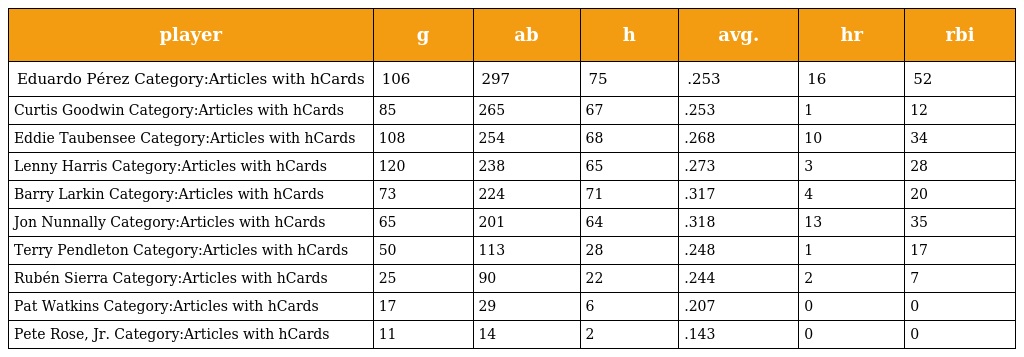
| player | g | ab | h | avg. | hr | rbi |
 | --- | --- | --- | --- | --- | --- | --- |
 | Eduardo Pérez Category:Articles with hCards | 106 | 297 | 75 | .253 | 16 | 52 |
 | Curtis Goodwin Category:Articles with hCards | 85 | 265 | 67 | .253 | 1 | 12 |
 | Eddie Taubensee Category:Articles with hCards | 108 | 254 | 68 | .268 | 10 | 34 |
 | Lenny Harris Category:Articles with hCards | 120 | 238 | 65 | .273 | 3 | 28 |
 | Barry Larkin Category:Articles with hCards | 73 | 224 | 71 | .317 | 4 | 20 |
 | Jon Nunnally Category:Articles with hCards | 65 | 201 | 64 | .318 | 13 | 35 |
 | Terry Pendleton Category:Articles with hCards | 50 | 113 | 28 | .248 | 1 | 17 |
 | Rubén Sierra Category:Articles with hCards | 25 | 90 | 22 | .244 | 2 | 7 |
 | Pat Watkins Category:Articles with hCards | 17 | 29 | 6 | .207 | 0 | 0 |
 | Pete Rose, Jr. Category:Articles with hCards | 11 | 14 | 2 | .143 | 0 | 0 |